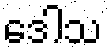
ဒေါသ